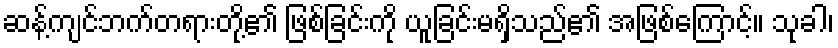
ဆန့်ကျင်ဘက်တရားတို့၏ ဖြစ်ခြင်းကို ယူခြင်းမရှိသည်၏ အဖြစ်ကြောင့်။ သုခါ၊